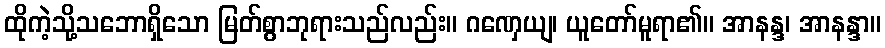
ထိုကဲ့သို့သဘောရှိသော မြတ်စွာဘုရားသည်လည်း။ ဂဏှေယျ၊ ယူတော်မူရာ၏။ အာနန္ဒ၊ အာနန္ဒာ။